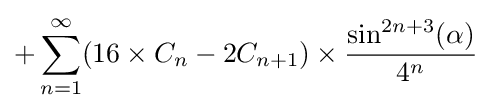
+\sum _{n=1}^{\infty }(16\times C_{n}-2C_{n+1})\times {\frac {\sin ^{2n+3}(\alpha )}{4^{n}}}